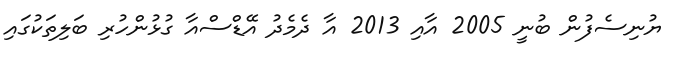
ޔުނިސެފުން ބުނީ 2005 އާއި 2013 އާ ދެމެދު އޭޑްސްއާ ގުޅުންހުރި ބަލިތަކުގައި